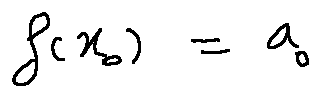
f ( x _ { 0 } ) = a _ { 0 }